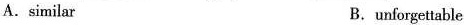
A.similar B.unforgettable